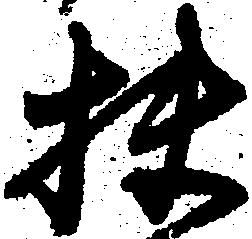
扶